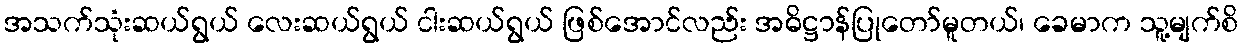
အသက်သုံးဆယ်ရွယ် လေးဆယ်ရွယ် ငါးဆယ်ရွယ် ဖြစ်အောင်လည်း အဓိဋ္ဌာန်ပြုတော်မူတယ်၊ ခေမာက သူ့မျက်စိ